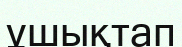
ұшықтап